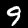
Digit: 9